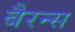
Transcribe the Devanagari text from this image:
बैरन्स